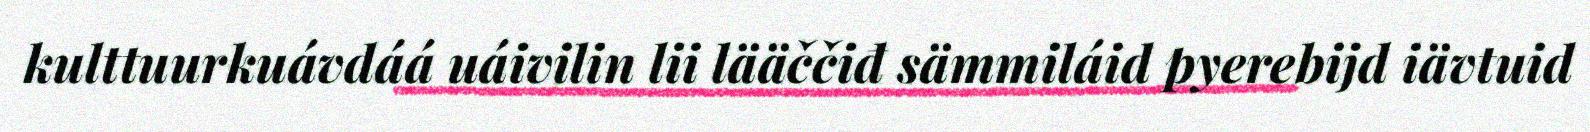
kulttuurkuávdáá uáivilin lii lääččiđ sämmiláid pyerebijd iävtuid